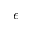
\epsilon